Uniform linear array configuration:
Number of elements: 16
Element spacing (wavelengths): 0.5
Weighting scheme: kaiser
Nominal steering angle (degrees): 45
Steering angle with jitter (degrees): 44.412
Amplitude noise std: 0.05
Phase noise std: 0.05

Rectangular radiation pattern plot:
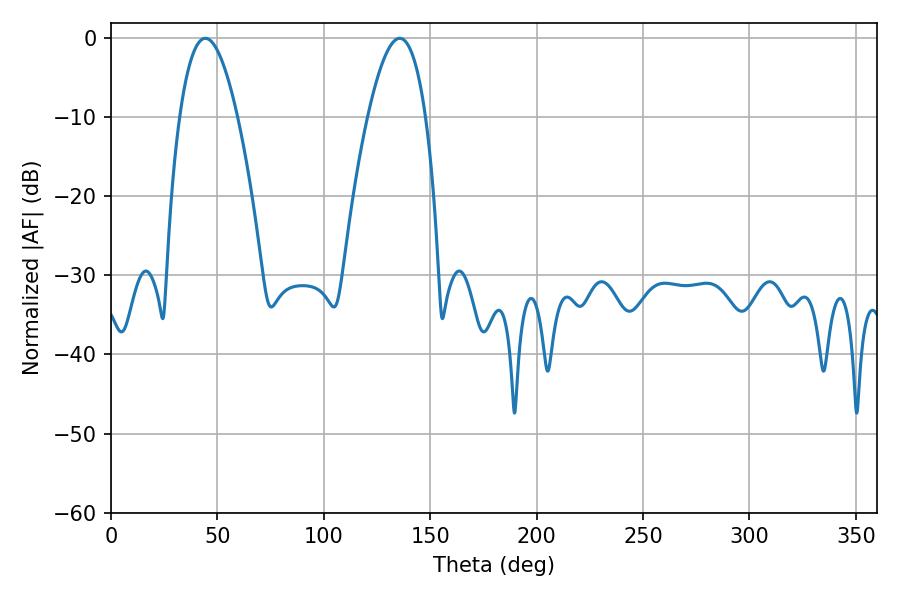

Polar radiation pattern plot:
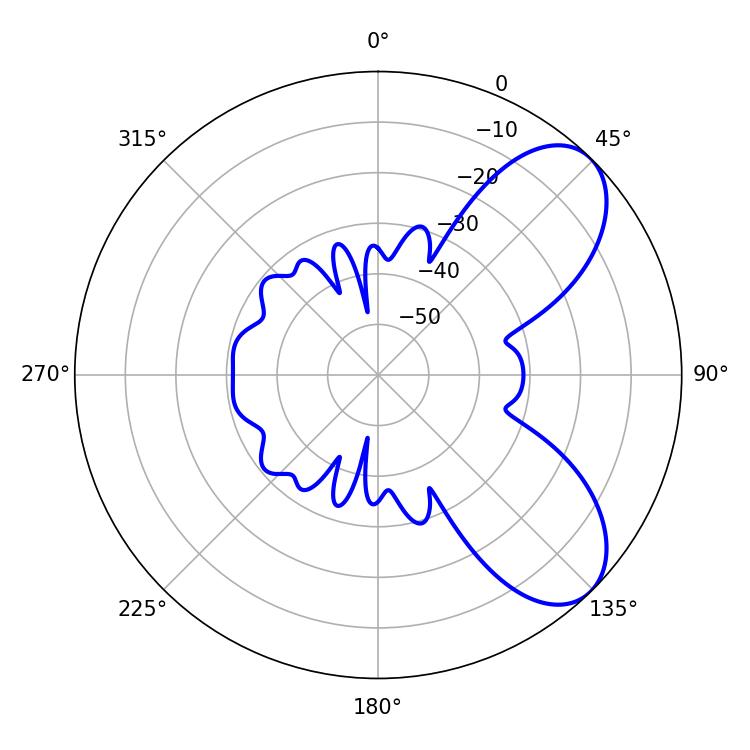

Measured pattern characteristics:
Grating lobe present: FALSE
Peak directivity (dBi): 7.057
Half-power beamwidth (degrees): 14.94
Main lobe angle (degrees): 44.28